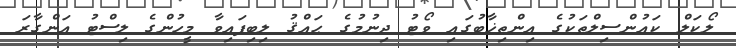
ލޯކަލް ކައުންސިލްތަކުގެ އިންތިޚާބުގައި ވޯޓު ދިނުމުގެ ޙައްޤު ލިބިފައިވާ މީހުންގެ ލިސްޓު އަންގާރަ